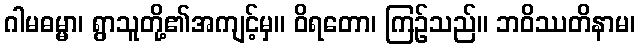
ဂါမဓမ္မာ၊ ရွာသူတို့၏အကျင့်မှ။ ဝိရတော၊ ကြဉ်သည်။ ဘဝိဿတိနာမ၊